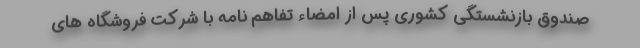
صندوق بازنشستگی کشوری پس از امضاء تفاهم نامه با شرکت فروشگاه های